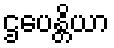
ဌပေန္တိယာ